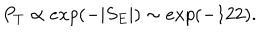
LaTeX: P _ { T } \propto e x p ( - \vert S _ { E } \vert ) \sim e x p ( - 1 2 2 ) .